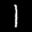
Label: 1